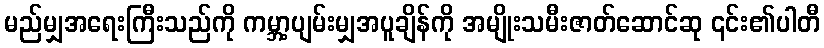
မည်မျှအရေးကြီးသည်ကို ကမ္ဘာ့ပျမ်းမျှအပူချိန်ကို အမျိုးသမီးဇာတ်ဆောင်ဆု ၎င်း၏ပါတီ